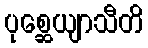
ပုစ္ဆေယျာသီတိ